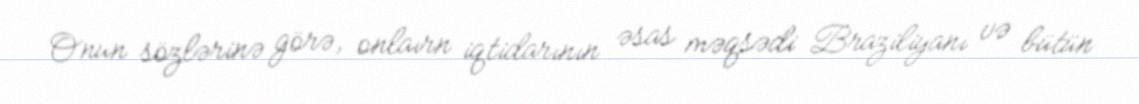
Onun sözlərinə görə, onlaırn iqtidarının əsas məqsədi Braziliyanı və bütün